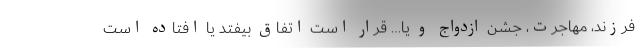
فرزند، مهاجرت، جشن ازدواج و یا… قرار است اتفاق بیفتد یا افتاده است